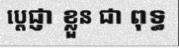
ប្តេជ្ញា ខ្លួន ជា ពុទ្ធ